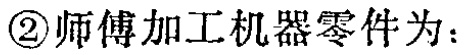
\textcircled{2}师傅加工机器零件为：